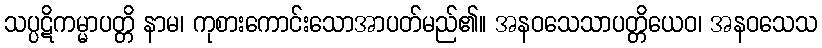
သပ္ပဋိကမ္မာပတ္တိ နာမ၊ ကုစားကောင်းသောအာပတ်မည်၏။ အနဝသေသာပတ္တိယေဝ၊ အနဝသေသ